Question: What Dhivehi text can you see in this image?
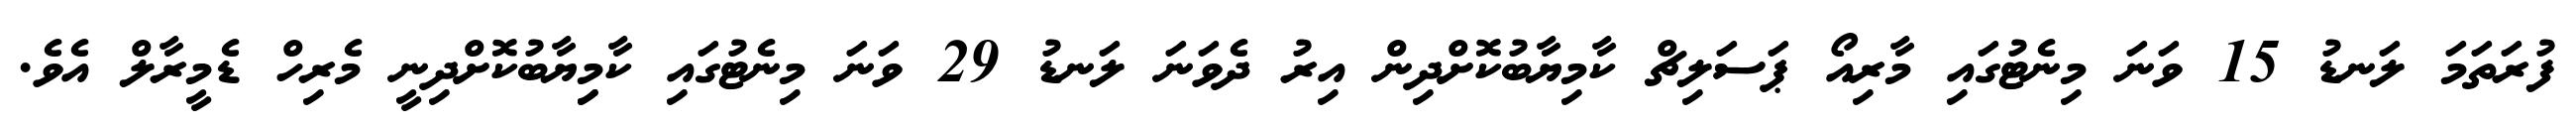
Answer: ފުރަތަމަ ލަނޑު 15 ވަނަ މިނެޓުގައި މާރިއޯ ޕަސަލިޗް ކާމިޔާބުކޮށްދިން އިރު ދެވަނަ ލަނޑު 29 ވަނަ މިނެޓުގައި ކާމިިޔާބުކޮށްދިނީ މެރިހް ޑެމީރާލް އެވެ.